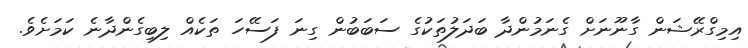
އިމިގްރޭޝަން ގާނޫނަށް ގެނަމުންދާ ބަދަލުތަކުގެ ސަބަބުން ގިނަ ފަސޭހަ ތަކެއް ލިބިގެންދާނެ ކަމަށެވެ.